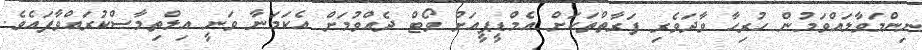
ނިންމަވާލައްވަމުން ހުރިހާ ވާދަވެރި ފަރާތްތަކަށް އެމްޑީޕީއަށް ވޯޓް ދެއްވުމަށް އެކަމަނާ ވަނީ އިލްތިމާސްކުރައްވާފައެވެ.